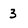
Character: 3